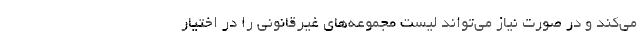
می‌کند و در صورت نیاز می‌تواند لیست مجموعه‌های غیرقانونی را در اختیار